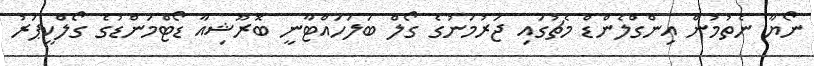
ނޯޔާ ނެތުމުން އިންގްލެންޑް މެޗުގައި ޖަރުމަނުގެ ގޯލް ބަލަހައްޓާނީ ބޮރޫޝިއާ ޑޯޓްމަންޑުގެ ގޯލްކީޕަރު